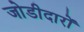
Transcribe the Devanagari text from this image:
जोडीदारों